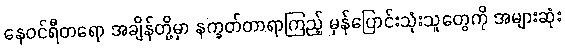
နေဝင်ရီတရော အချိန်တို့မှာ နက္ခတ်တာရာကြည့် မှန်ပြောင်းသုံးသူတွေကို အများဆုံး